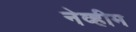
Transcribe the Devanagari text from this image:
नेव्हीम